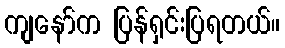
ကျနော်က ပြန်ရှင်းပြရတယ်။